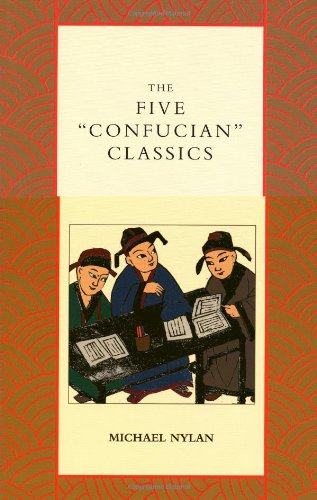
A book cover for The Five "Confucian" Classics; Michael Nylan; Religion & Spirituality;